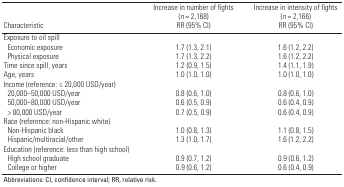
| Characteristic | Increase in number of fights (n = 2,168) RR (95% CI) | Increase in intensity of fights (n = 2,166) RR (95% CI) |
 | --- | --- | --- |
 | Exposure to oil spill |
 | Economic exposure | 1.7 (1.3, 2.1) | 1.6 (1.2, 2.2) |
 | Physical exposure | 1.7 (1.3, 2.2) | 1.6 (1.2, 2.2) |
 | Time since spill, years | 1.2 (0.9, 1.5) | 1.4 (1.1, 1.9) |
 | Age, years | 1.0 (1.0, 1.0) | 1.0 (1.0, 1.0) |
 | Income (reference: ≤ 20,000 USD/year) |
 | 20,000–50,000 USD/year | 0.8 (0.6, 1.0) | 0.8 (0.6, 1.0) |
 | 50,000–80,000 USD/year | 0.6 (0.5, 0.9) | 0.6 (0.4, 0.9) |
 | > 80,000 USD/year | 0.7 (0.5, 0.9) | 0.6 (0.4, 0.9) |
 | Race (reference: non-Hispanic white) |
 | Non-Hispanic black | 1.0 (0.8, 1.3) | 1.1 (0.8, 1.5) |
 | Hispanic/multiracial/other | 1.3 (1.0, 1.7) | 1.6 (1.2, 2.2) |
 | Education (reference: less than high school) |
 | High school graduate | 0.9 (0.7, 1.2) | 0.9 (0.6, 1.2) |
 | College or higher | 0.9 (0.6, 1.2) | 0.6 (0.4, 0.9) |
 | <COLSPAN=3> Abbreviations: CI, confidence interval; RR, relative risk. |